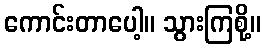
ကောင်းတာပေါ့။ သွားကြစို့။